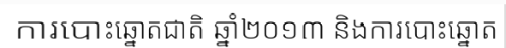
ការបោះឆ្នោតជាតិ ឆ្នាំ២០១៣ និងការបោះឆ្នោត